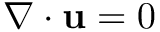
\nabla \cdot \mathbf { u } = 0